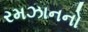
રમઝાનનો